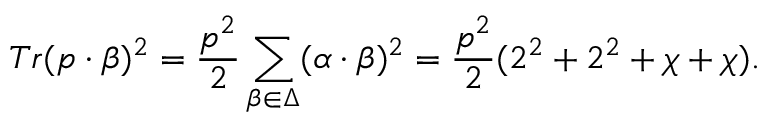
T r ( p \cdot \beta ) ^ { 2 } = { \frac { p ^ { 2 } } { 2 } } \sum _ { \beta \in \Delta } ( \alpha \cdot \beta ) ^ { 2 } = { \frac { p ^ { 2 } } { 2 } } ( 2 ^ { 2 } + 2 ^ { 2 } + \chi + \chi ) .